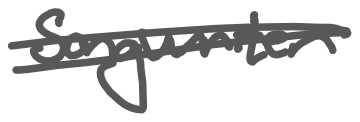
Text: songwriter
Cross-out: double-line
Writing tool: digital_gray